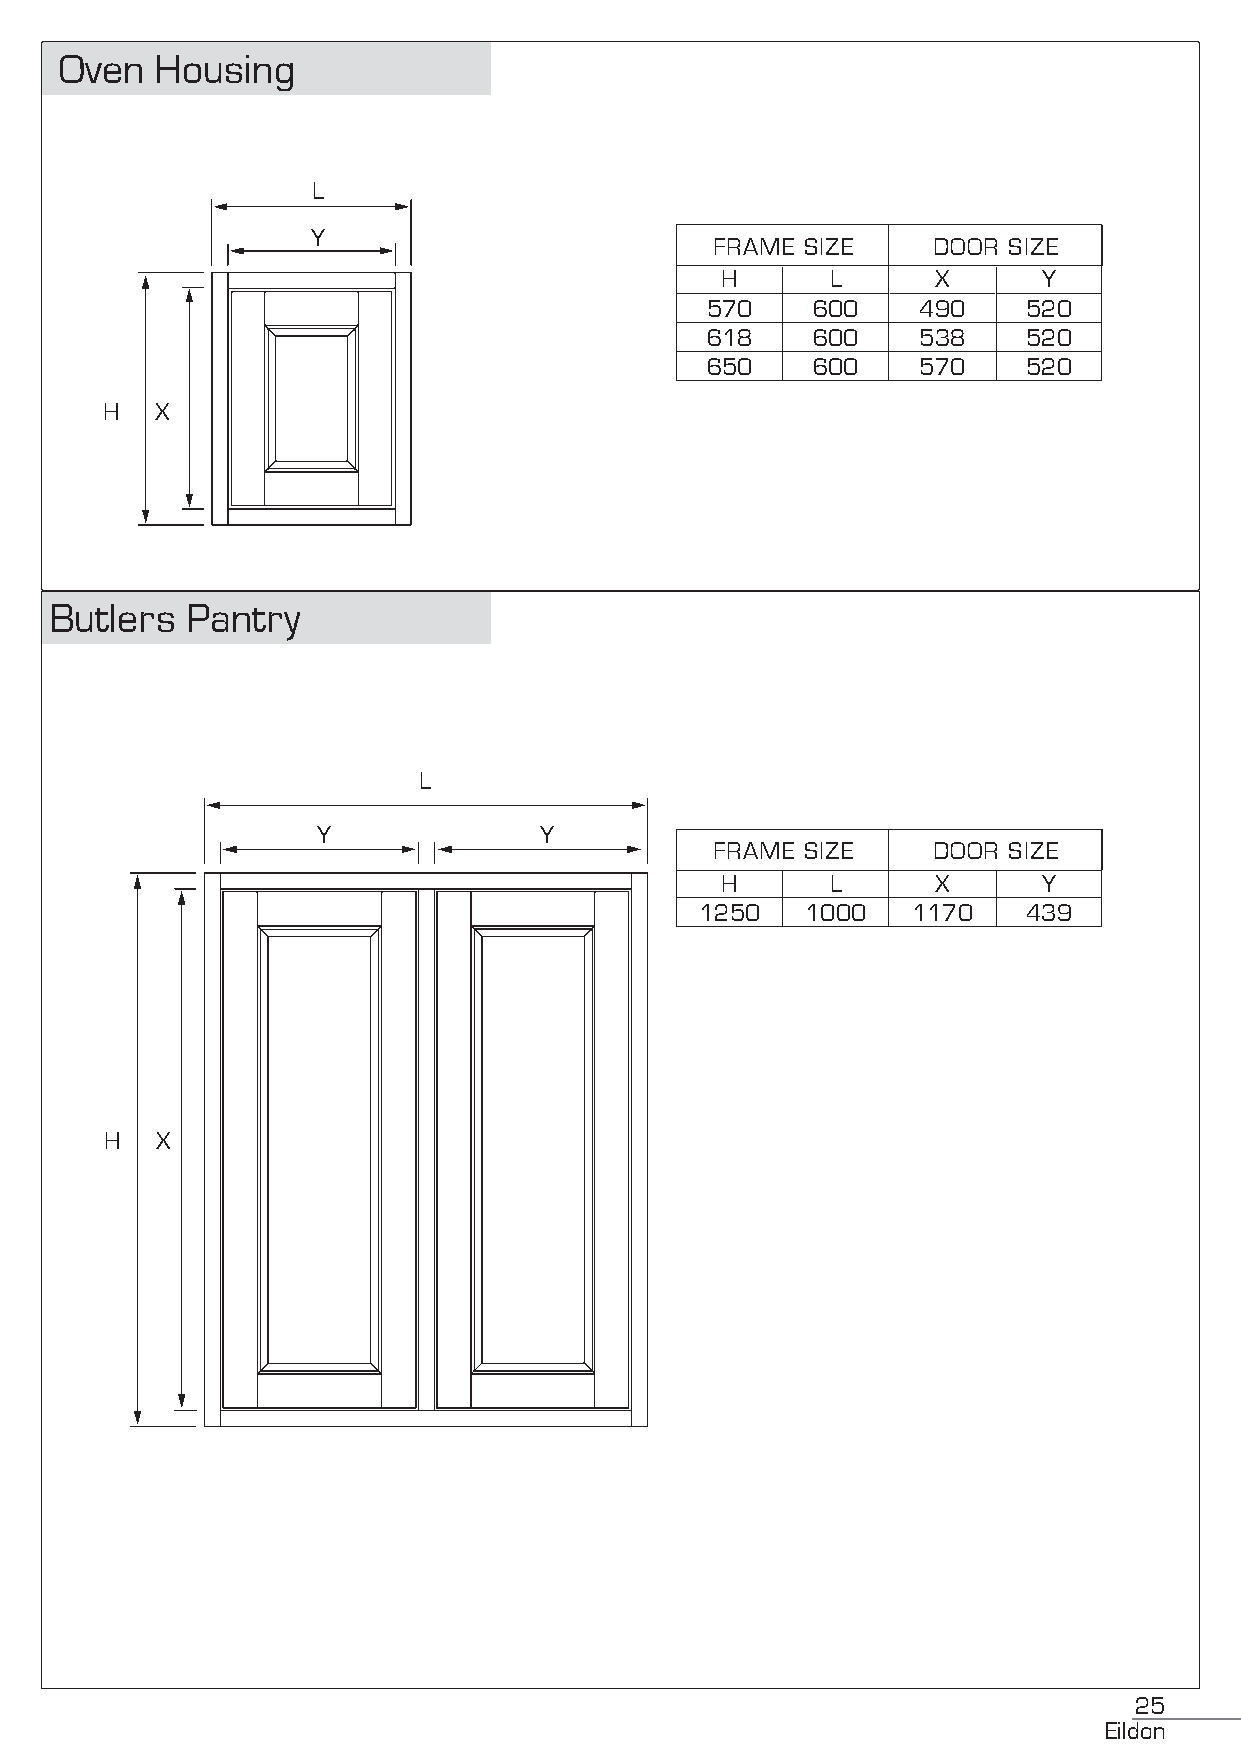
Oven  Housing
 L
 Y
 FRAME SIZE     DOOR SIZE
 H      L      X      Y
 570    600    490    520
 618    600    538    520
 650    600    570    520
 H  X
 Butlers  Pantry
 L
 Y              Y
 FRAME SIZE     DOOR SIZE
 H      L      X      Y
 1250   1000   1170    439
 H  X
 25
 Eildon